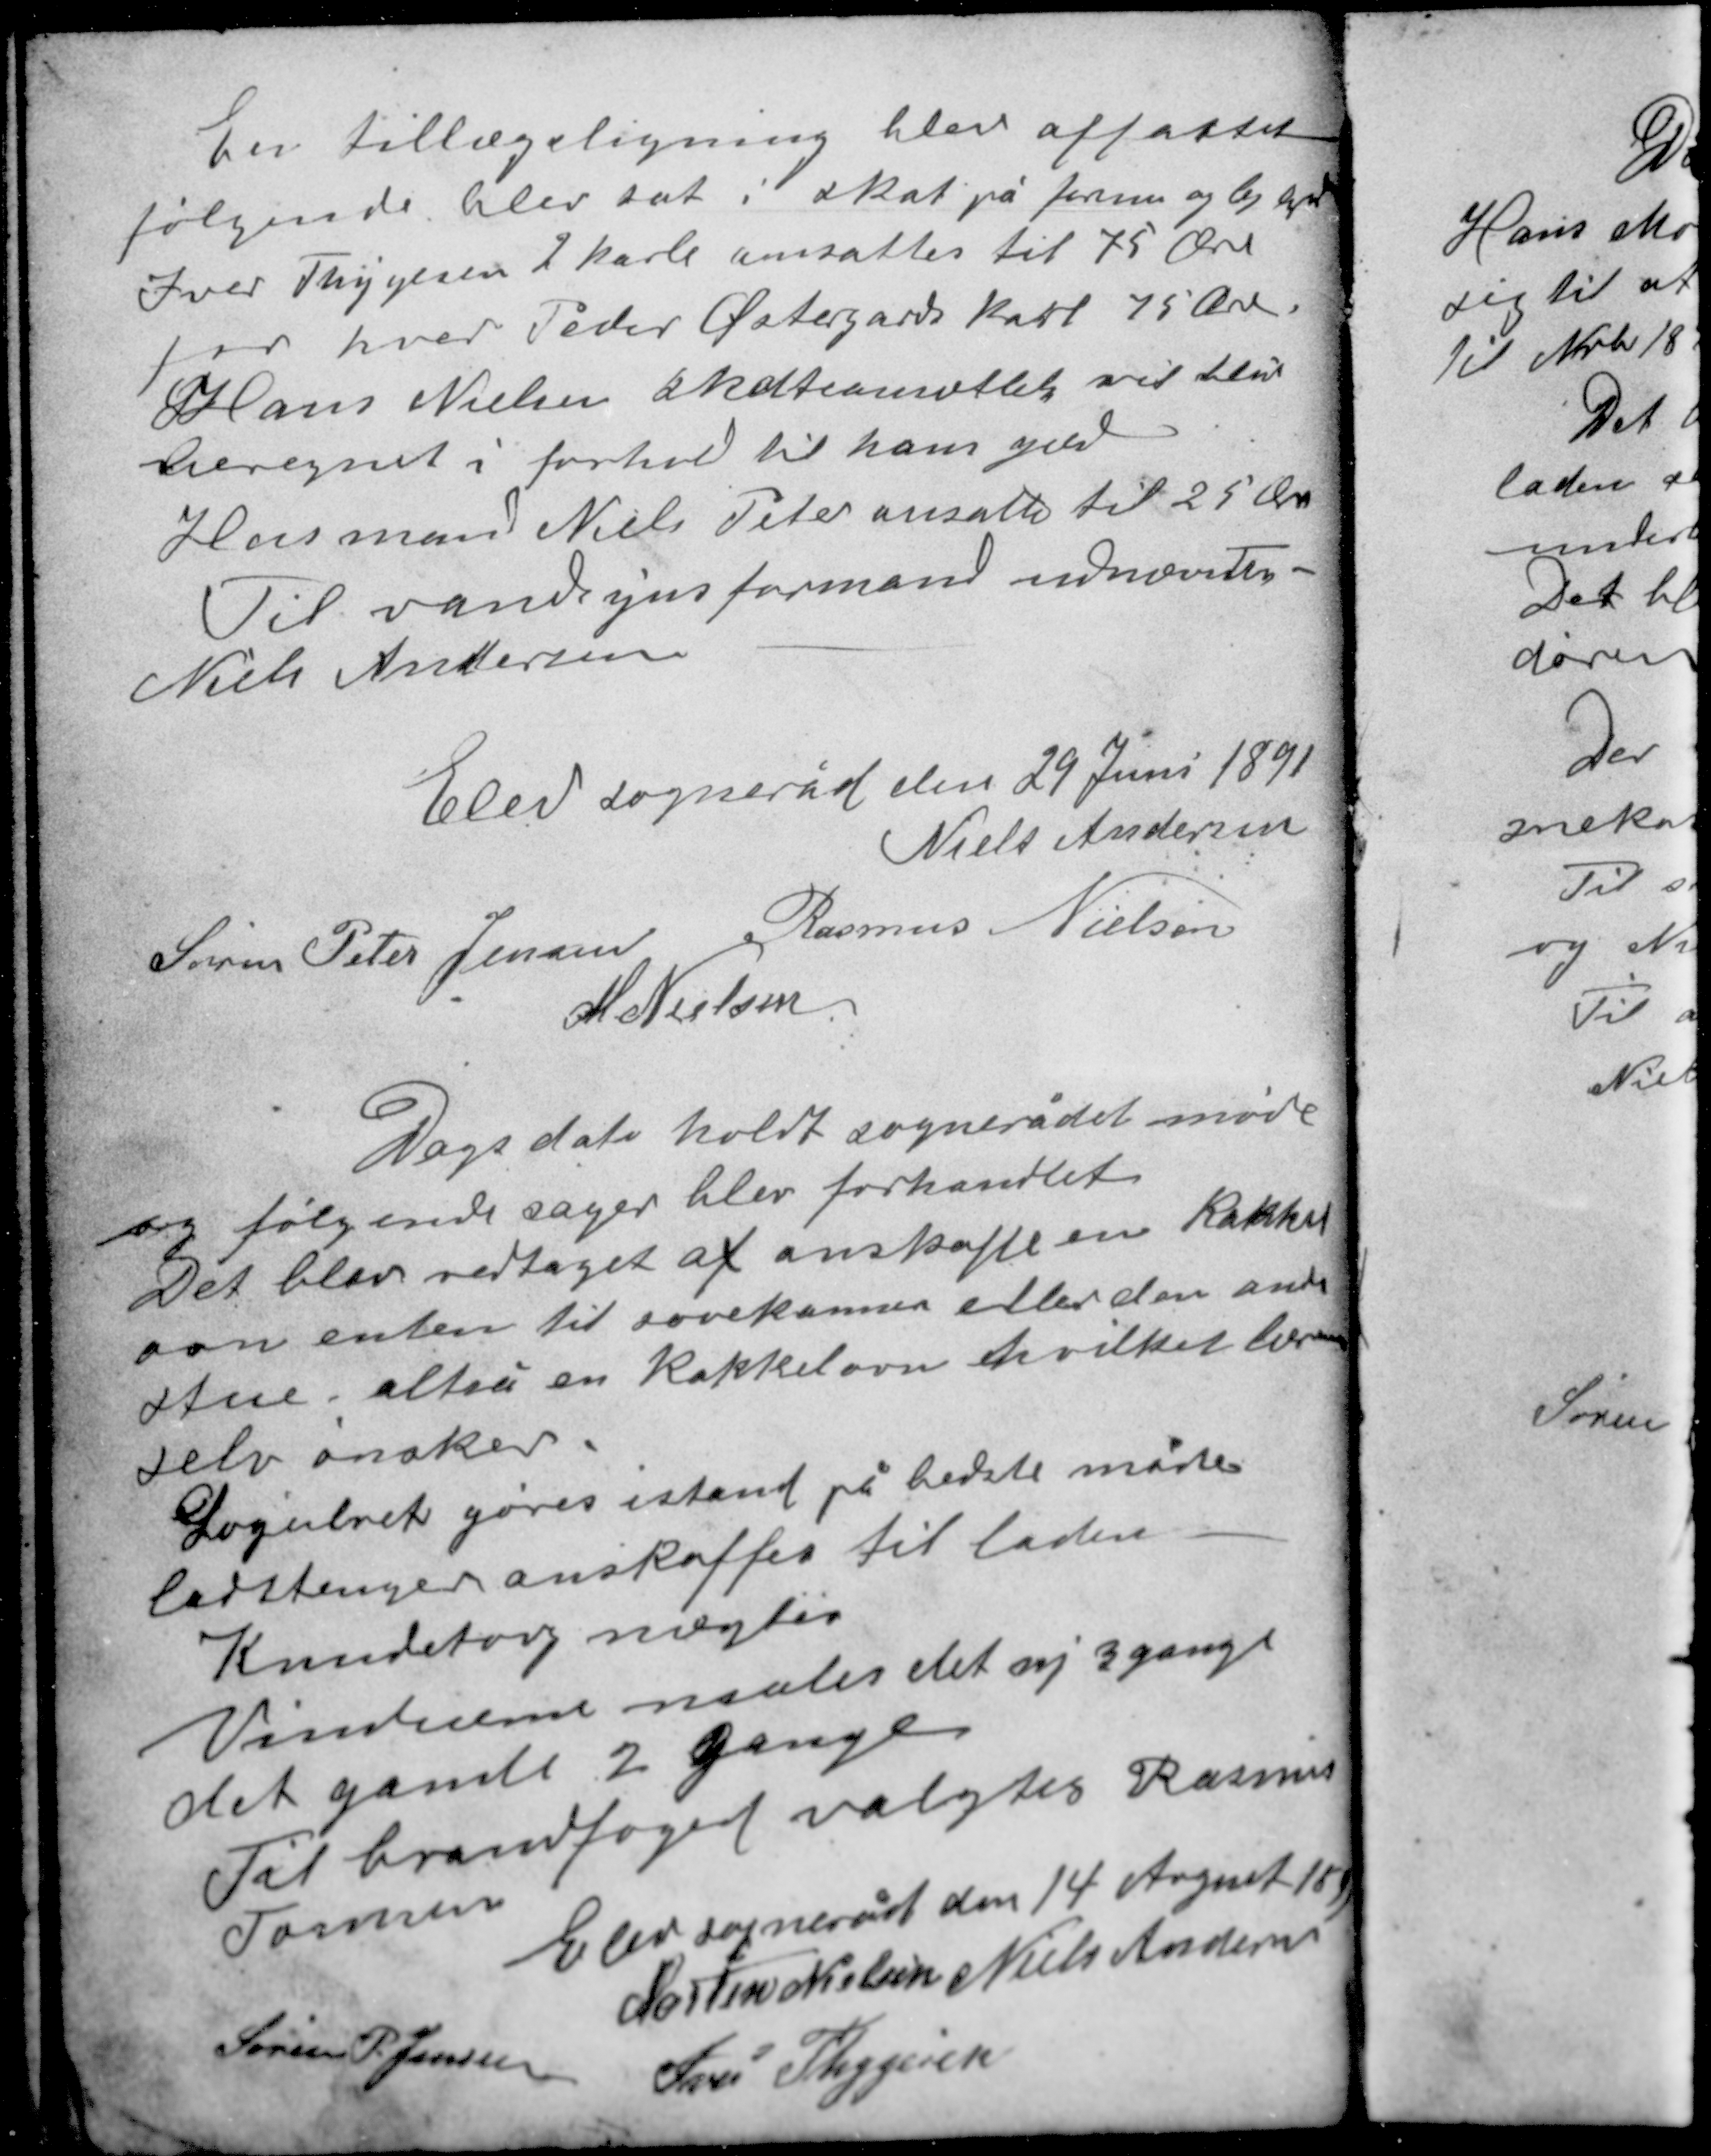
Transskription:
En tillægsligning blev affattet
følgende blev sat i skat på formue og lejlighed
Iver Thygesens 2 karle ansattes til 75 Øre
for hver Peder Østergårds karl 75 Øre.
Hans Nielsen skatteansættelse vil blive
beregnet i forhold til hans gård.
Husmand Niels Peter ansattes til 25 Øre
Til vandsynsformand udnævntes
Niels Andersen.

Elev sogneråd den 29 Juni 1891
Niels Andersen
Søren Peter Jensen Rasmus Nielsen
M. Nielsen

Dags dato holdt sognerådet møde
og følgende sager blev forhandlet.
Det blev vedtaget at anskaffe en Kakkel-
ovn enten til sovekammer eller den anden
stue altså en kakkelovn hvilket læreren
selv ønsker.
Logulvet gøres istand på bedste måde.
Ladstænger anskaffes til laden.
Kundetovg nægter.
Vinduerne males det ny 3 gange
det gamle 2 gange
Til brandfoged valgtes Rasmus
Tomsen.

Elev sogneråd den 14 August 1891
Morten Nielsen Niels Andersen
Søren P. Jensen
Iver Thygesen